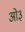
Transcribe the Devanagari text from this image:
ओ३